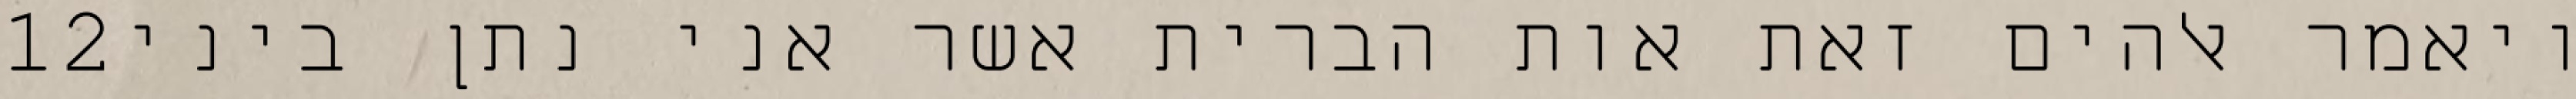
‎12‏ ויאמר אלהים זאת אות הברית אשר אני נתן ביני